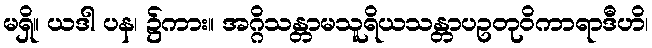
မရှိ။ ယဒါ ပန၊ ၌ကား။ အဂ္ဂိသန္တာမသူရိယသန္တာပဥတုဝိကာရာဒီဟိ၊